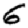
Digit: 6